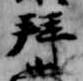
拝